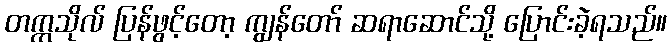
တက္ကသိုလ် ပြန်ဖွင့်တော့ ကျွန်တော် ဆရာဆောင်သို့ ပြောင်းခဲ့ရသည်။